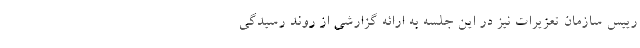
رییس سازمان تعزیرات نیز در این جلسه به ارائه گزارشی از روند رسیدگی